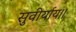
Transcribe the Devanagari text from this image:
सुवीर्याय।।